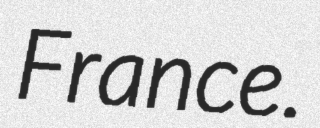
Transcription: France.